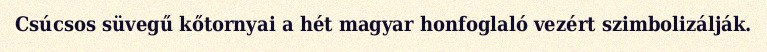
Csúcsos süvegű kőtornyai a hét magyar honfoglaló vezért szimbolizálják.